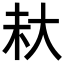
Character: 𪥊